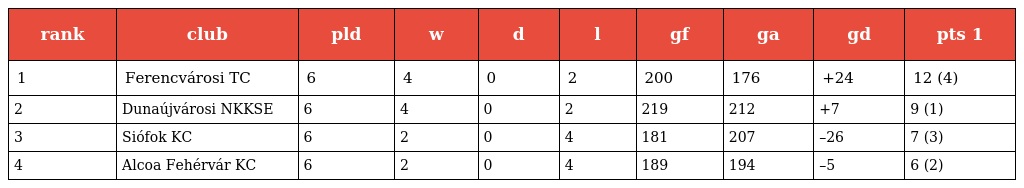
| rank | club | pld | w | d | l | gf | ga | gd | pts 1 |
 | --- | --- | --- | --- | --- | --- | --- | --- | --- | --- |
 | 1 | Ferencvárosi TC | 6 | 4 | 0 | 2 | 200 | 176 | +24 | 12 (4) |
 | 2 | Dunaújvárosi NKKSE | 6 | 4 | 0 | 2 | 219 | 212 | +7 | 9 (1) |
 | 3 | Siófok KC | 6 | 2 | 0 | 4 | 181 | 207 | –26 | 7 (3) |
 | 4 | Alcoa Fehérvár KC | 6 | 2 | 0 | 4 | 189 | 194 | –5 | 6 (2) |